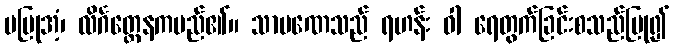
မပြုအံ့၊ လိင်္ဂတ္ထေနကမည်၏။ သာမဏေသည် ရဟန်း ဝါ ရေတွက်ခြင်းစသည်ပြု၍